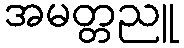
အမတ္တညူ